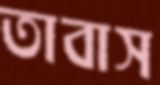
তাবাস